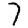
Digit: 7